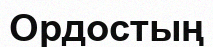
Ордостың